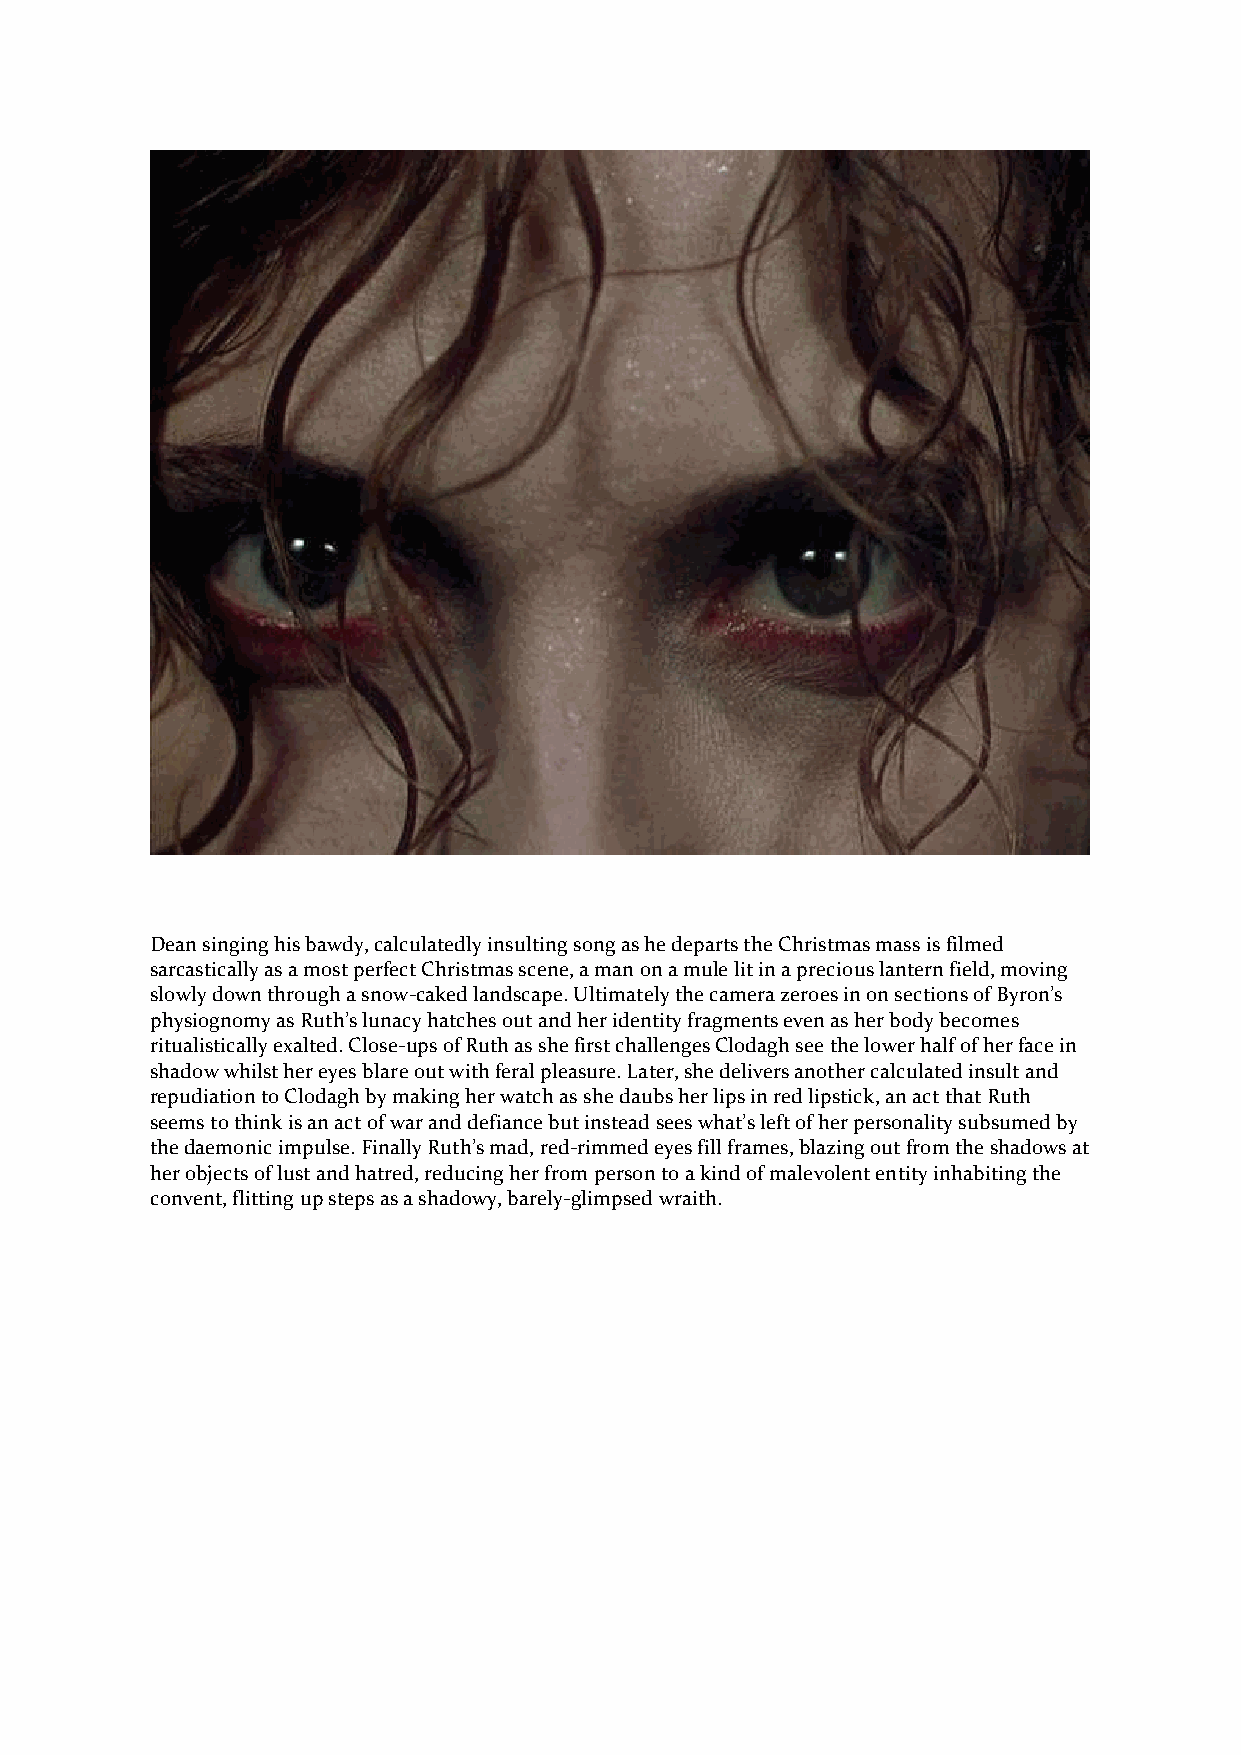
Dean singing his bawdy, calculatedly insulting song as he departs the Christmas mass is filmed
 sarcastically as a most perfect Christmas scene, a man on a mule lit in a precious lantern field, moving
 slowly down through a snow-caked landscape. Ultimately the camera zeroes in on sections of Byron’s
 physiognomy as Ruth’s lunacy hatches out and her identity fragments even as her body becomes
 ritualistically exalted. Close-ups of Ruth as she first challenges Clodagh see the lower half of her face in
 shadow whilst her eyes blare out with feral pleasure. Later, she delivers another calculated insult and
 repudiation to Clodagh by making her watch as she daubs her lips in red lipstick, an act that Ruth
 seems to think is an act of war and defiance but instead sees what’s left of her personality subsumed by
 the daemonic impulse. Finally Ruth’s mad, red-rimmed eyes fill frames, blazing out from the shadows at
 her objects of lust and hatred, reducing her from person to a kind of malevolent entity inhabiting the
 convent, flitting up steps as a shadowy, barely-glimpsed wraith.